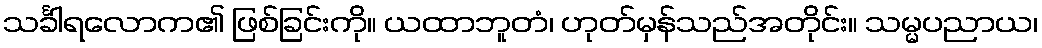
သင်္ခါရလောက၏ ဖြစ်ခြင်းကို။ ယထာဘူတံ၊ ဟုတ်မှန်သည်အတိုင်း။ သမ္မပညာယ၊